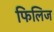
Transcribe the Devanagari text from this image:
फिलिज